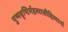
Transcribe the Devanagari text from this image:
पुष्पवृष्टिर्महत्यासीद्दिव्यानां